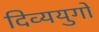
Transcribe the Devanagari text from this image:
दिव्ययुगों